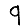
Digit: 9